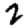
Digit: 2